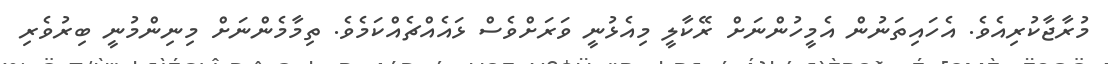
މުރާޖާކުރިއެވެ. އެހައިތަނުން އެމީހުންނަށް ރޭކާލީ މިއެޅުނީ ވަރަށްވެސް ޅައެއްޗެއްކަމެވެ. ތިމާމެންނަށް މިނިންމުނީ ބިރުވެރި